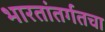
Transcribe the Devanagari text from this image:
भारतांतर्गतचा